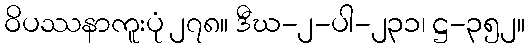
ဝိပဿနာကူးပုံ ၂၇၈။ ဒီဃ-၂-ပါ-၂၃၁၊ ဋ္ဌ-၃၅၂။